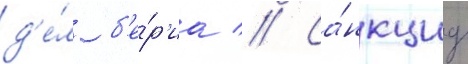
д'е́л б'е́р'иа // Са́нкциу